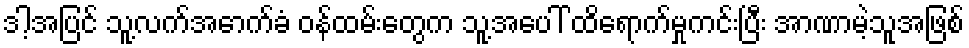
ဒါ့အပြင် သူ့လက်အောက်ခံ ဝန်ထမ်းတွေက သူ့အပေါ် ထိရောက်မှုကင်းပြီး အာဏာမဲ့သူအဖြစ်